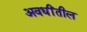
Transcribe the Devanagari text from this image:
अवधींतील